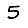
Digit: 5